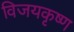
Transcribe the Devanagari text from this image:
विजयकृष्ण